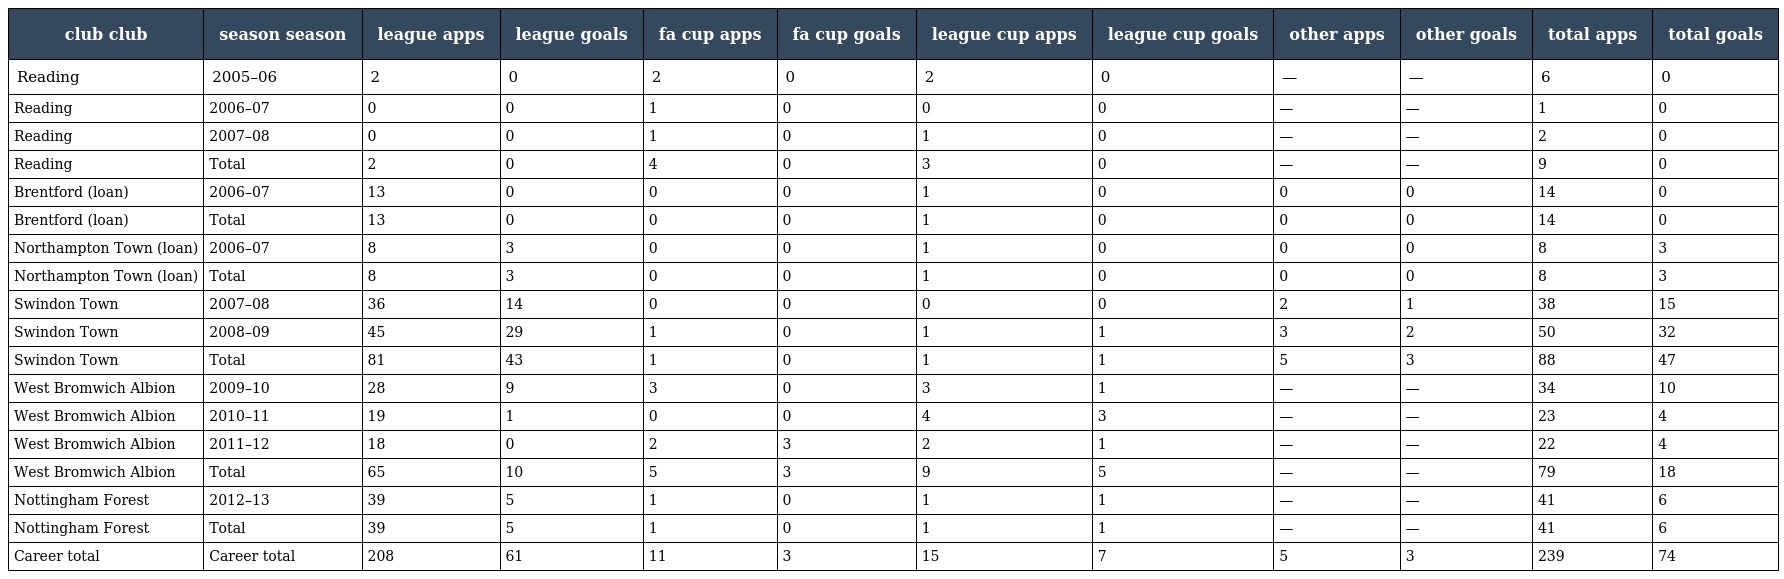
| club club | season season | league apps | league goals | fa cup apps | fa cup goals | league cup apps | league cup goals | other apps | other goals | total apps | total goals |
 | --- | --- | --- | --- | --- | --- | --- | --- | --- | --- | --- | --- |
 | Reading | 2005–06 | 2 | 0 | 2 | 0 | 2 | 0 | — | — | 6 | 0 |
 | Reading | 2006–07 | 0 | 0 | 1 | 0 | 0 | 0 | — | — | 1 | 0 |
 | Reading | 2007–08 | 0 | 0 | 1 | 0 | 1 | 0 | — | — | 2 | 0 |
 | Reading | Total | 2 | 0 | 4 | 0 | 3 | 0 | — | — | 9 | 0 |
 | Brentford (loan) | 2006–07 | 13 | 0 | 0 | 0 | 1 | 0 | 0 | 0 | 14 | 0 |
 | Brentford (loan) | Total | 13 | 0 | 0 | 0 | 1 | 0 | 0 | 0 | 14 | 0 |
 | Northampton Town (loan) | 2006–07 | 8 | 3 | 0 | 0 | 1 | 0 | 0 | 0 | 8 | 3 |
 | Northampton Town (loan) | Total | 8 | 3 | 0 | 0 | 1 | 0 | 0 | 0 | 8 | 3 |
 | Swindon Town | 2007–08 | 36 | 14 | 0 | 0 | 0 | 0 | 2 | 1 | 38 | 15 |
 | Swindon Town | 2008–09 | 45 | 29 | 1 | 0 | 1 | 1 | 3 | 2 | 50 | 32 |
 | Swindon Town | Total | 81 | 43 | 1 | 0 | 1 | 1 | 5 | 3 | 88 | 47 |
 | West Bromwich Albion | 2009–10 | 28 | 9 | 3 | 0 | 3 | 1 | — | — | 34 | 10 |
 | West Bromwich Albion | 2010–11 | 19 | 1 | 0 | 0 | 4 | 3 | — | — | 23 | 4 |
 | West Bromwich Albion | 2011–12 | 18 | 0 | 2 | 3 | 2 | 1 | — | — | 22 | 4 |
 | West Bromwich Albion | Total | 65 | 10 | 5 | 3 | 9 | 5 | — | — | 79 | 18 |
 | Nottingham Forest | 2012–13 | 39 | 5 | 1 | 0 | 1 | 1 | — | — | 41 | 6 |
 | Nottingham Forest | Total | 39 | 5 | 1 | 0 | 1 | 1 | — | — | 41 | 6 |
 | Career total | Career total | 208 | 61 | 11 | 3 | 15 | 7 | 5 | 3 | 239 | 74 |